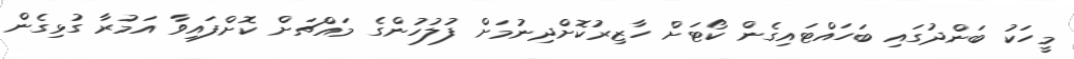
މީހަކު ބަންދުގައި ބަހައްޓައިގެން ކޯޓަށް ހާޒިރުކޮށްދިނުމަށް ފުލުހުންގެ މައްޗަށް ކޮށްފައިވާ އަމުރާ ގުޅިގެން